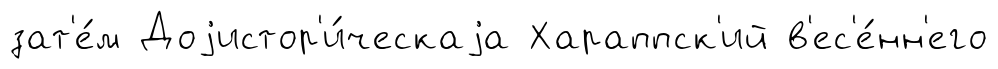
зат'е́м Доjистор'и́ческаjа Хараппск'ий в'ес'е́нн'его